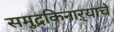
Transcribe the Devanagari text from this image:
समुद्रकिनाऱ्याचे